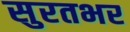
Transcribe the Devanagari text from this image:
सुरतभर